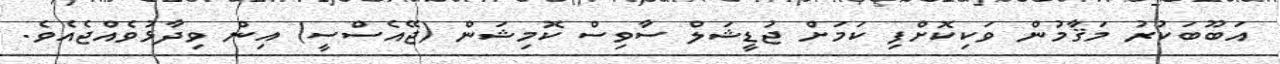
އަބޫބަކުރު މަޤާމުން ވަކިކޮށްފި ކަމަށް ޖުޑީޝަލް ސާވިސް ކޮމިޝަން (ޖޭއެސްސީ) އިން ވިދާޅުވެއްޖެއެވެ.